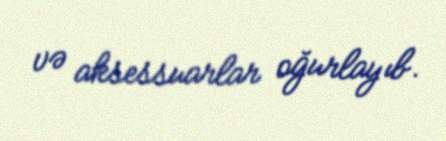
və aksessuarlar oğurlayıb.